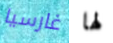
غارسيا لها